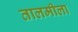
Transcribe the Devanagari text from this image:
तालमीला